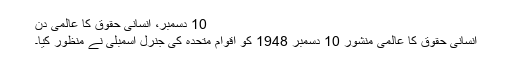
10 دسمبر، انسانی حقوق کا عالمی دن
انسانی حقوق کا عالمی منشور 10 دسمبر 1948 کو اقوام متحدہ کی جنرل اسمبلی نے منظور کیا۔